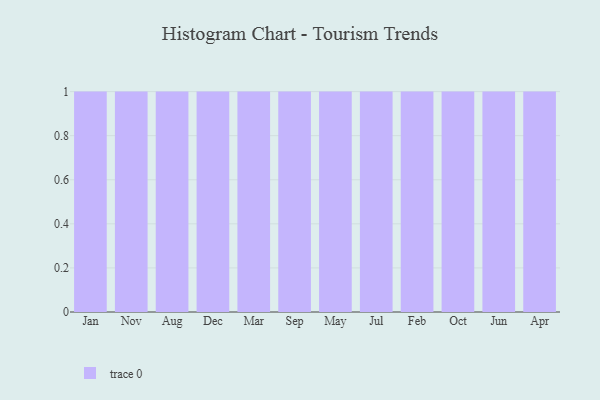
{"axis": {"x": "Month", "y": "Temperature (°C)"}, "legend": [""], "data": [{"x": "Jan", "y": 62, "type": ""}, {"x": "Nov", "y": 54, "type": ""}, {"x": "Aug", "y": 50, "type": ""}, {"x": "Dec", "y": 18, "type": ""}, {"x": "Mar", "y": 69, "type": ""}, {"x": "Sep", "y": 24, "type": ""}, {"x": "May", "y": 21, "type": ""}, {"x": "Jul", "y": 98, "type": ""}, {"x": "Feb", "y": 28, "type": ""}, {"x": "Oct", "y": 41, "type": ""}, {"x": "Jun", "y": 38, "type": ""}, {"x": "Apr", "y": 45, "type": ""}]}